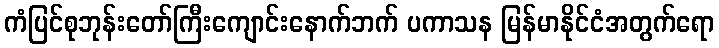
ကံပြင်စုဘုန်းတော်ကြီးကျောင်းနောက်ဘက် ပကာသန မြန်မာနိုင်ငံအတွက်ရော